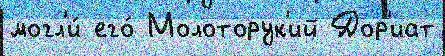
могл'и́ его́ Молоторук'ий Дор'иат